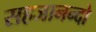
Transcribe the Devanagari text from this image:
सहजानन्दो